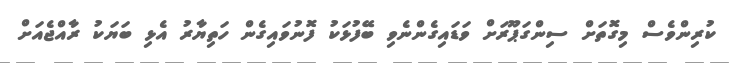
ކުރިންވެސް މިގޮތަށް ސިންގަޕޫރަށް ވަޑައިގެންނެވި ބޭފުޅަކު ފޮނުވައިގެން ހަތިޔާރު އެޅި ބަޔަކު ރާއްޖެއަށް